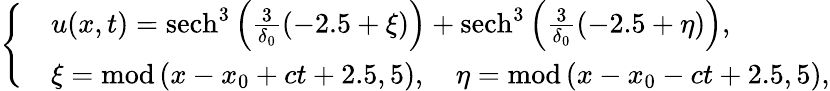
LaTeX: \left\{ \begin{array}{rl}&{u(x,t)=\mathrm{sech}^{3}\left(\frac{3}{\delta_{0}}\left(-2.5+\xi\right)\right)+\mathrm{sech}^{3}\left(\frac{3}{\delta_{0}}\left(-2.5+\eta\right)\right),}\\ &{\xi=\mathrm{mod}\left(x-x_{0}+ct+2.5,5\right),\quad\eta=\mathrm{mod}\left(x-x_{0}-ct+2.5,5\right),}\end{array}\right.